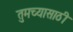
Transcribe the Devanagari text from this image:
तुमच्यासाठी